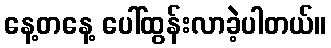
နေ့တနေ့ ပေါ်ထွန်းလာခဲ့ပါတယ်။